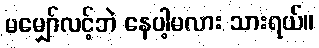
မမျှော်လင့်ဘဲ နေပါ့မလား သားရယ်။